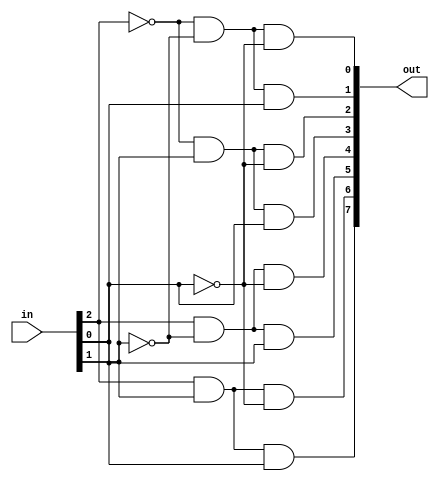
module decoder3x8(in,out);

	input [2:0]in;
	output [7:0]out;

	assign out[0]=((!in[2])&(!in[1])&(!in[0]));
	assign out[1]=((!in[2])&(!in[1])&(in[0]));
	assign out[2]=((!in[2])&(in[1])&(!in[0]));
	assign out[3]=((!in[2])&(in[1])&(in[0]));
	assign out[4]=((in[2])&(!in[1])&(!in[0]));
	assign out[5]=((in[2])&(!in[1])&(in[0]));
	assign out[6]=((in[2])&(in[1])&(!in[0]));
	assign out[7]=((in[2])&(in[1])&(in[0]));

endmodule

module fadderbydecoder(x,y,z,s,c);

	input x,y,z;
	output s,c;
	wire [2:0]w;
	wire [7:0]o;

	assign w[0]=z;
	assign w[1]=y;
	assign w[2]=x;

	decoder3x8 dc1(w,o);

	assign s=o[1]|o[2]|o[4]|o[7];
	assign c=o[3]|o[5]|o[6]|o[7];

endmodule

module fadder8bit(a,b,cin,sum,cout);

	input [7:0]a;
	input [7:0]b;
	input cin;
	output [7:0]sum;
	output cout;

	wire a0,a1,a2,a3,a4,a5,a6;

	fadderbydecoder fbd0(a[0],b[0],cin,sum[0],a0);
	fadderbydecoder fbd1(a[1],b[1],a0,sum[1],a1);
	fadderbydecoder fbd2(a[2],b[2],a1,sum[2],a2);
	fadderbydecoder fbd3(a[3],b[3],a2,sum[3],a3);
	fadderbydecoder fbd4(a[4],b[4],a3,sum[4],a4);
	fadderbydecoder fbd5(a[5],b[5],a4,sum[5],a5);
	fadderbydecoder fbd6(a[6],b[6],a5,sum[6],a6);
	fadderbydecoder fbd7(a[7],b[7],a6,sum[7],cout);

endmodule

module fadder32bit(a,b,s,in,out);

	input [31:0] a, b;
	input in;
	output [31:0]s;
	output out;
	wire [3:0]c;

	fadder8bit f1(a[7:0],b[7:0],in,s[7:0],c[0]);
	
	genvar j;
	generate for (j=8; j<=24;j=j+8)

	begin: fadd8_loop

	fadder8bit f1(a[(j+7):j], b[(j+7):j],c[(j-8)/8],s[(j+7):j],c[((j-8)/8)+1]);

	end

	endgenerate

endmodule